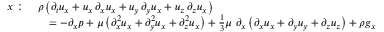
{ \begin{array} { r l } { x : \ } & { \rho \left( { \partial _ { t } u _ { x } } + u _ { x } \, { \partial _ { x } u _ { x } } + u _ { y } \, { \partial _ { y } u _ { x } } + u _ { z } \, { \partial _ { z } u _ { x } } \right) } \\ & { \quad = - \partial _ { x } p + \mu \left( { \partial _ { x } ^ { 2 } u _ { x } } + { \partial _ { y } ^ { 2 } u _ { x } } + { \partial _ { z } ^ { 2 } u _ { x } } \right) + { \frac { 1 } { 3 } } \mu \ \partial _ { x } \left( { \partial _ { x } u _ { x } } + { \partial _ { y } u _ { y } } + { \partial _ { z } u _ { z } } \right) + \rho g _ { x } } \end{array} }